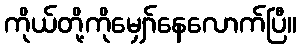
ကိုယ်တို့ကိုမျှော်နေလောက်ပြီ။